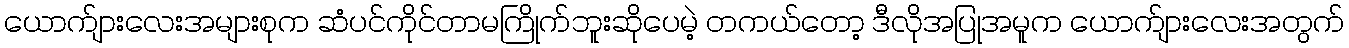
ယောက်ျားလေးအများစုက ဆံပင်ကိုင်တာမကြိုက်ဘူးဆိုပေမဲ့ တကယ်တော့ ဒီလိုအပြုအမူက ယောက်ျားလေးအတွက်